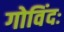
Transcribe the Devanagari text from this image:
गोविंदः